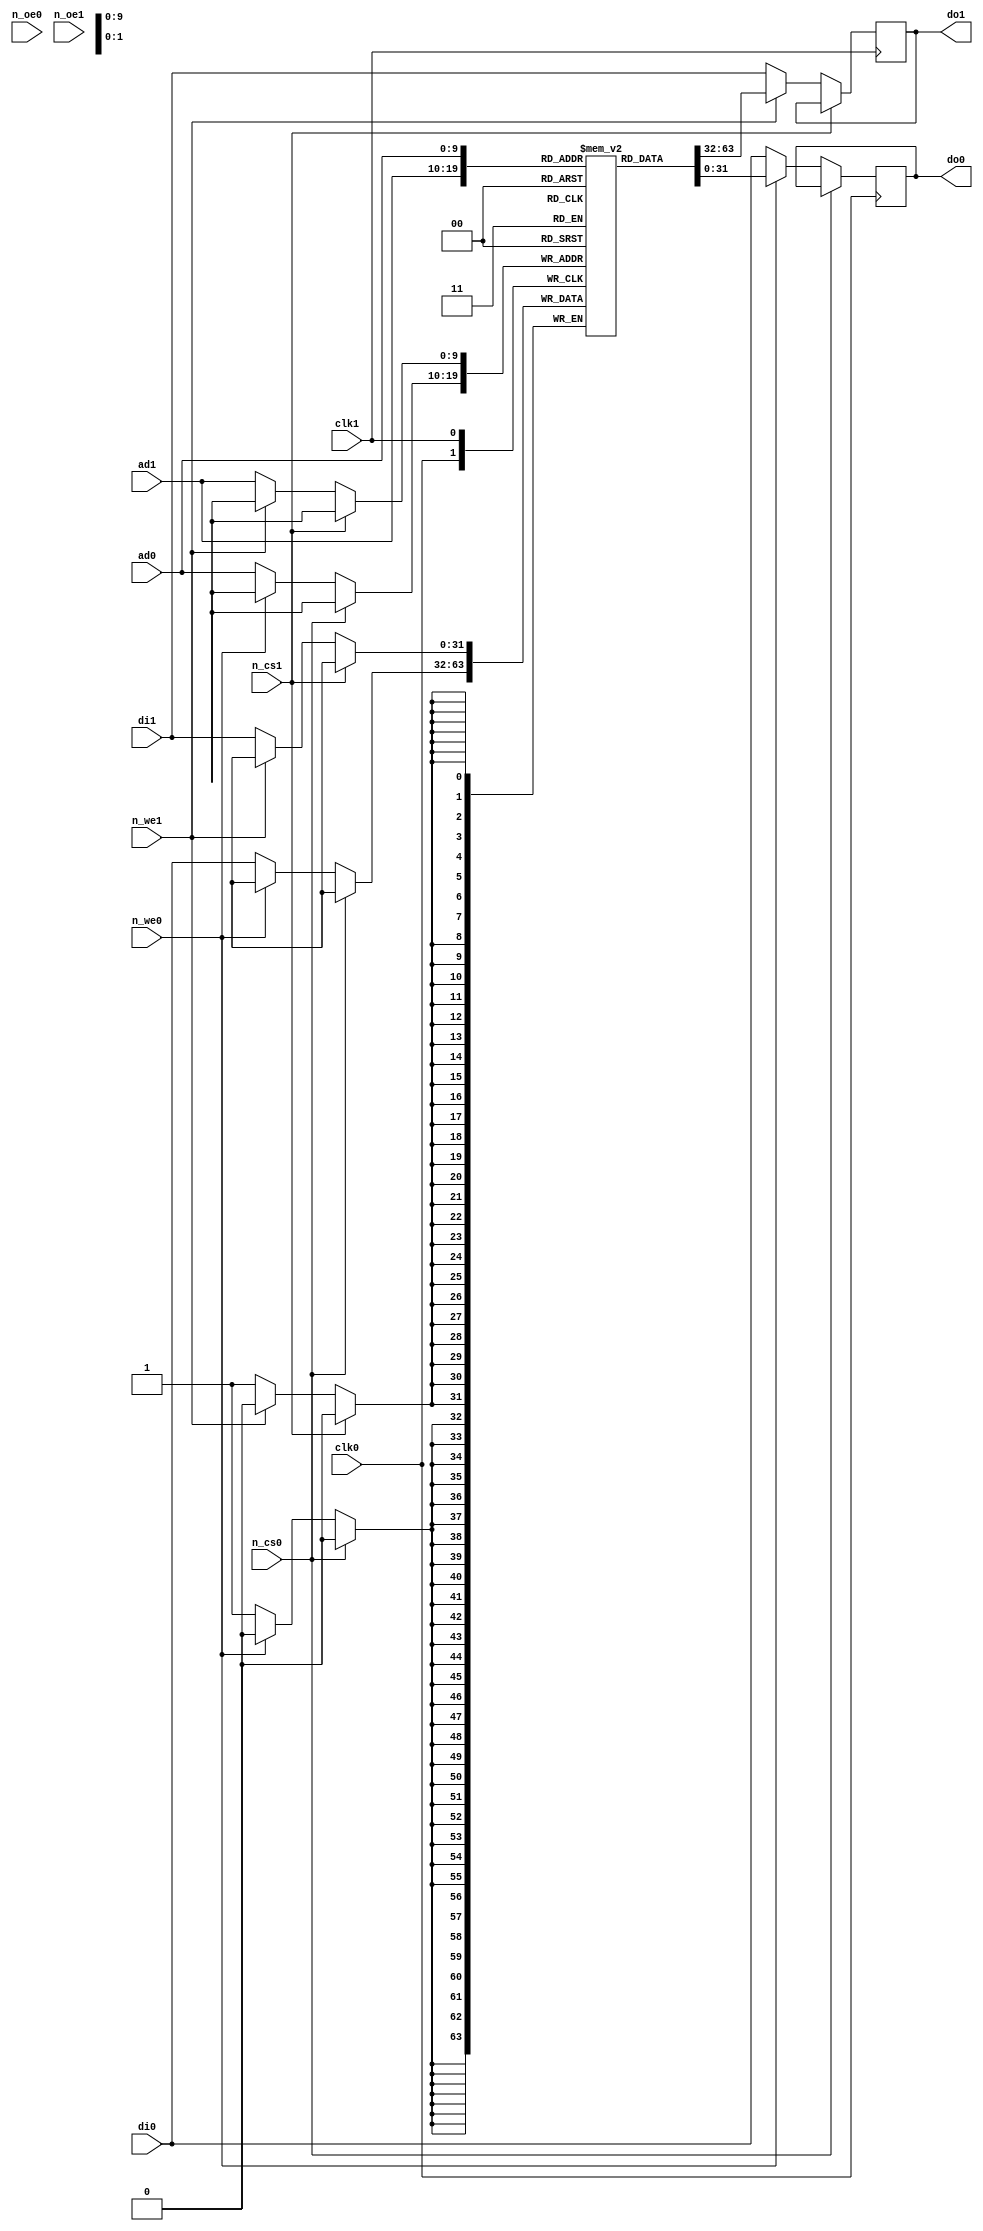
//Title       : 
//Description : Generic dualport SRAM (synchronous)
//Notes       : 
//----------------------------------------------------------------------
//   Copyright 1999-2010 Cadence Design Systems, Inc.
//   All Rights Reserved Worldwide
//
//   Licensed under the Apache License, Version 2.0 (the
//   "License"); you may not use this file except in
//   compliance with the License.  You may obtain a copy of
//   the License at
//
//       http://www.apache.org/licenses/LICENSE-2.0
//
//   Unless required by applicable law or agreed to in
//   writing, software distributed under the License is
//   distributed on an "AS IS" BASIS, WITHOUT WARRANTIES OR
//   CONDITIONS OF ANY KIND, either express or implied.  See
//   the License for the specific language governing
//   permissions and limitations under the License.
//----------------------------------------------------------------------

// Module is a generic single port synchronous SRAM
module generic_dpsram (

  clk0,
  clk1,
  n_cs0,
  n_cs1,
  n_we0,
  n_we1,
  n_oe0,
  n_oe1,
  ad0,
  ad1,
  di0,
  di1,
  do0,
  do1
);

  parameter
    DW = 32,          // width of data busses
    DD = 1024,         // depth of RAM
    AW = 10;           // width of address bus

  input  clk0;          // posedge clock
  input  clk1;          // posedge clock
  input  n_cs0;         // RAM select
  input  n_cs1;         // RAM select
  input  n_we0;         // read=1/write=0
  input  n_we1;         // read=1/write=0
  input  n_oe0;         // output enable
  input  n_oe1;         // output enable
  input  [AW-1:0] ad0;  // address
  input  [AW-1:0] ad1;  // address
  input  [DW-1:0] di0;  // data in
  input  [DW-1:0] di1;  // data in
  output [DW-1:0] do0;  // data out
  output [DW-1:0] do1;  // data out

  
  // output signals
  reg    [DW-1:0] do0;
  reg    [DW-1:0] do1;

  // internal signal
  reg    [DW-1:0] ram_array[DD-1:0]; // RAM array
  reg    [DW-1:0] ram_data0;                  // RAM output data
  reg    [DW-1:0] ram_data1;                  // RAM output data
  wire   [AW-1:0] ram_addr0 = ad0;             // buffer address
  wire   [AW-1:0] ram_addr1 = ad1;             // buffer address


  // Ram access on rising edge of clock
  // RAM does nothing if not selected
  always @ ( posedge clk0 )
  begin
    if ( n_cs0 == 1'b0 )
    begin
      if ( n_we0 == 1'b1 )
      begin // read array
        ram_data0 <= ram_array [ ram_addr0 ];
      end
      else
      begin // write array and pass di => do
        ram_array [ ram_addr0 ] <= di0;
        ram_data0 <= di0;
      end
    end
   else
//     ram_data = { DW { 1'bz } };
     ram_data0 <= ram_data0;
  end

  always @ ( posedge clk1 )
  begin
    if ( n_cs1 == 1'b0 )
    begin
      if ( n_we1 == 1'b1 )
      begin // read array
        ram_data1 <= ram_array [ ram_addr1 ];
      end
      else
      begin // write array and pass di => do
        ram_array [ ram_addr1 ] <= di1;
        ram_data1 <= di1;
      end
    end
   else
//     ram_data = { DW { 1'bz } };
     ram_data1 <= ram_data1;
  end

  // RAM output disabled if either not selected or not enabled
  always @ ( ram_data0 )
  begin
//    if ( n_cs == 1'b0 && n_oe == 1'b0 )
      do0 = ram_data0;
//    else 
//      do = { DW { 1'bz } };
  end

  always @ ( ram_data1 )
  begin
//    if ( n_cs == 1'b0 && n_oe == 1'b0 )
      do1 = ram_data1;
//    else 
//      do = { DW { 1'bz } };
  end

endmodule